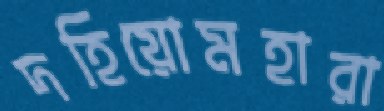
দহিয়োমহারা